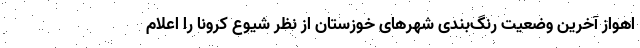
اهواز آخرین وضعیت رنگ‌بندی شهرهای خوزستان از نظر شیوع کرونا را اعلام